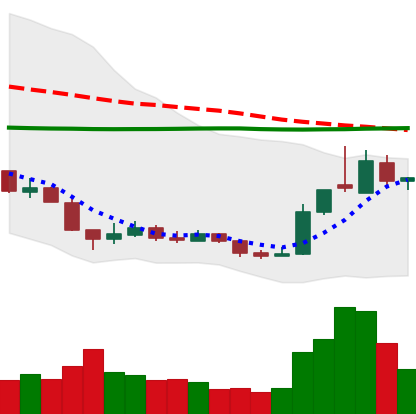
Ticker: XRP-USD
Chart end date: 2018-12-22
Forward return: -5.837%
Label: down_5_7